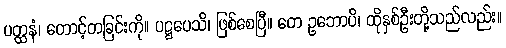
ပတ္ထနံ၊ တောင့်တခြင်းကို။ ပဋ္ဌပေသိ၊ ဖြစ်စေပြီ။ တေ ဥဘောပိ၊ ထိုနှစ်ဦးတို့သည်လည်း။